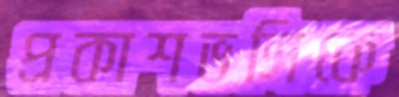
প্রকাশভঙ্গিকে